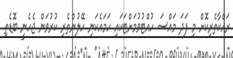
ރައްކާތެރިކޮށް މި ފަދަ މައްސަ ހުއްޓުވުމަށްޓަކައި ހަމައެކަނި ހޭލުންތެރި ކުރުވަން ޖެހެނީ ބޮޑެތި